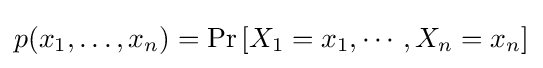
p(x_{1},\ldots ,x_{n})=\Pr \left[X_{1}=x_{1},\cdots ,X_{n}=x_{n}\right]